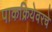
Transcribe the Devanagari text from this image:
पाकक्रियेवरचे